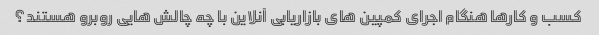
کسب و کارها هنگام اجرای کمپین های بازاریابی آنلاین با چه چالش هایی روبرو هستند؟